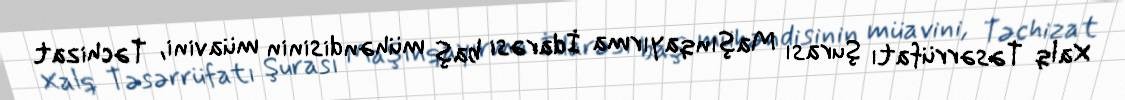
Xalq Təsərrüfatı Şurası Maşınqayırma İdarəsi baş mühəndisinin müavini, Təchizat